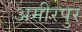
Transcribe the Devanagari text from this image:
अमीरपुर